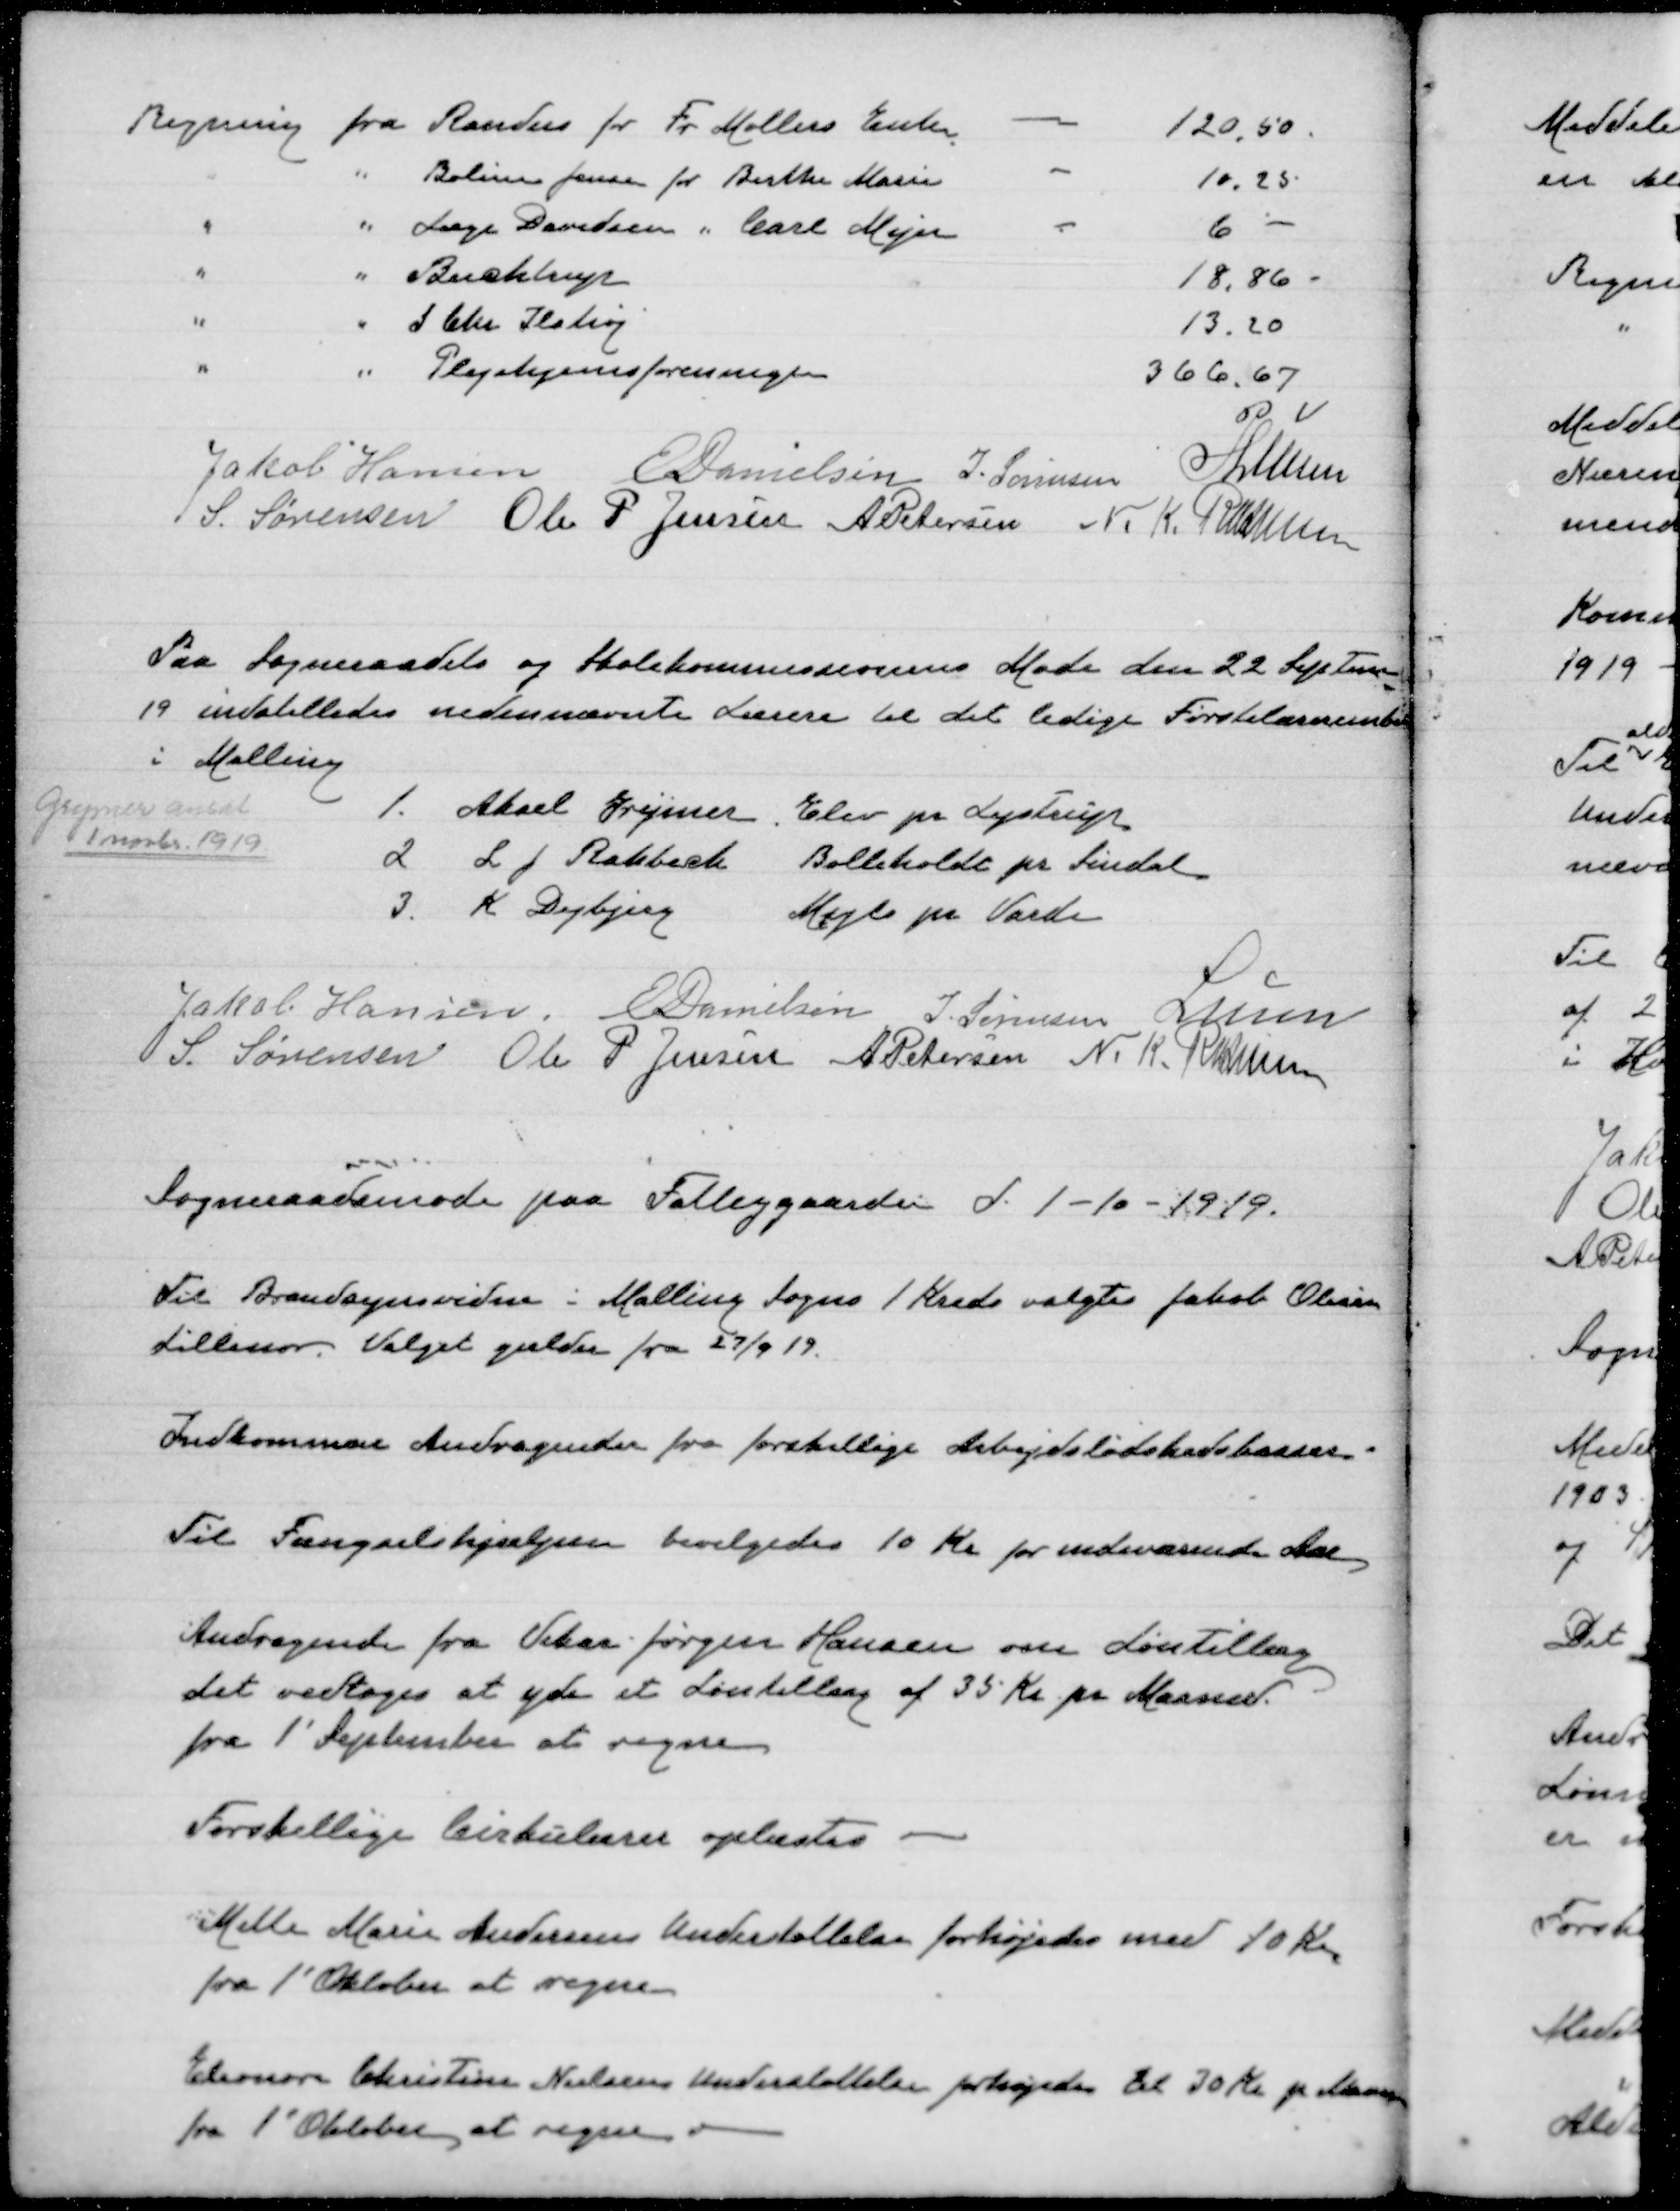
Transskription:
Jakob Hansen
E Danielsen
J. Sørensen
P.Lunn
S. Sørensen
Ole P Jensen
A Petersen
N. K. Rasmussen

Paa Sogneraadets og Skolekommissionens Møde den 22 Septem
19 indstilledes nedennævnte Lærere til det ledige Førstelærerembede
i Malling

Jakob Hansen
E Danielsen
J. Sørensen
Lunn
S. Sørensen
Ole P Jensen
A Petersen
N. K. Rasmussen

Sogneraadsmøde paa Fattiggaarden d. 1-10-1919.

Til Brandsynsvidne i Malling Sogns 1 Kreds valgtes Jakob Olsen
Lillenor. Valget gælder fra 27/9 19.

Indkommne Andragender fra forskellige Arbejdslødshedskasser.

Til Fængselshjælpen bevilgedes 10 Kr. for indeværende Aar

Andragende fra Vikar Jørgen Jansen om Løntillæg.
det vedtoges at yde et Løntillæg af 35 Kr pr. Maaned.
fra 1' September at regne

Forskellige Cirkulærer oplæstes

Mette Marie Andersens Understøttelse forhøjedes med 10 Kr
fra 1' Oktober at regne

Eleonor Christine Nielsens Understøttelse forhøjedes til 30 Kr pr Maaned
fra 1' Oktober at regne